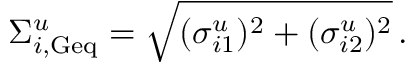
\Sigma _ { i \mathrm { , G e q } } ^ { u } = \sqrt { ( \sigma _ { i 1 } ^ { u } ) ^ { 2 } + ( \sigma _ { i 2 } ^ { u } ) ^ { 2 } } \, .